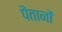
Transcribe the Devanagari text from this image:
पैतानों